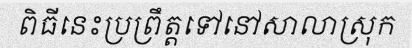
ពិធីនេះប្រព្រឹត្តទៅនៅសាលាស្រុក